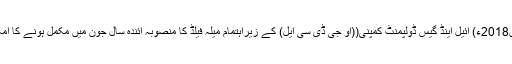
05 جون2018ء) آئیل اینڈ گیس ڈولپمنٹ کمپنی((او جی ڈی سی ایل) کے زیراہتمام میلہ فیلڈ کا منصوبہ آئندہ سال جون میں مکمل ہونے کا امکان ہے۔